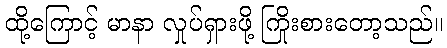
ထို့ကြောင့် မာနာ လှုပ်ရှားဖို့ ကြိုးစားတော့သည်။